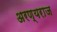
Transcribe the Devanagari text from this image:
अरण्यराज